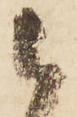
被